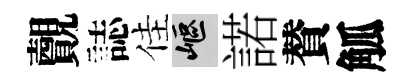
覿誌佳嶇諾賛觚